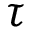
\tau